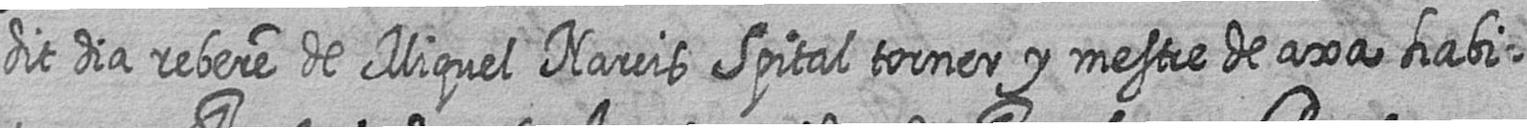
dit dia rebere de Miquel Narcis Spital torner y mestre de axa habi=